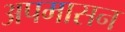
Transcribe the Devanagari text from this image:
अपमासन